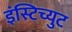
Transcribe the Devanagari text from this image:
इंस्टिच्युट